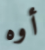
أوه